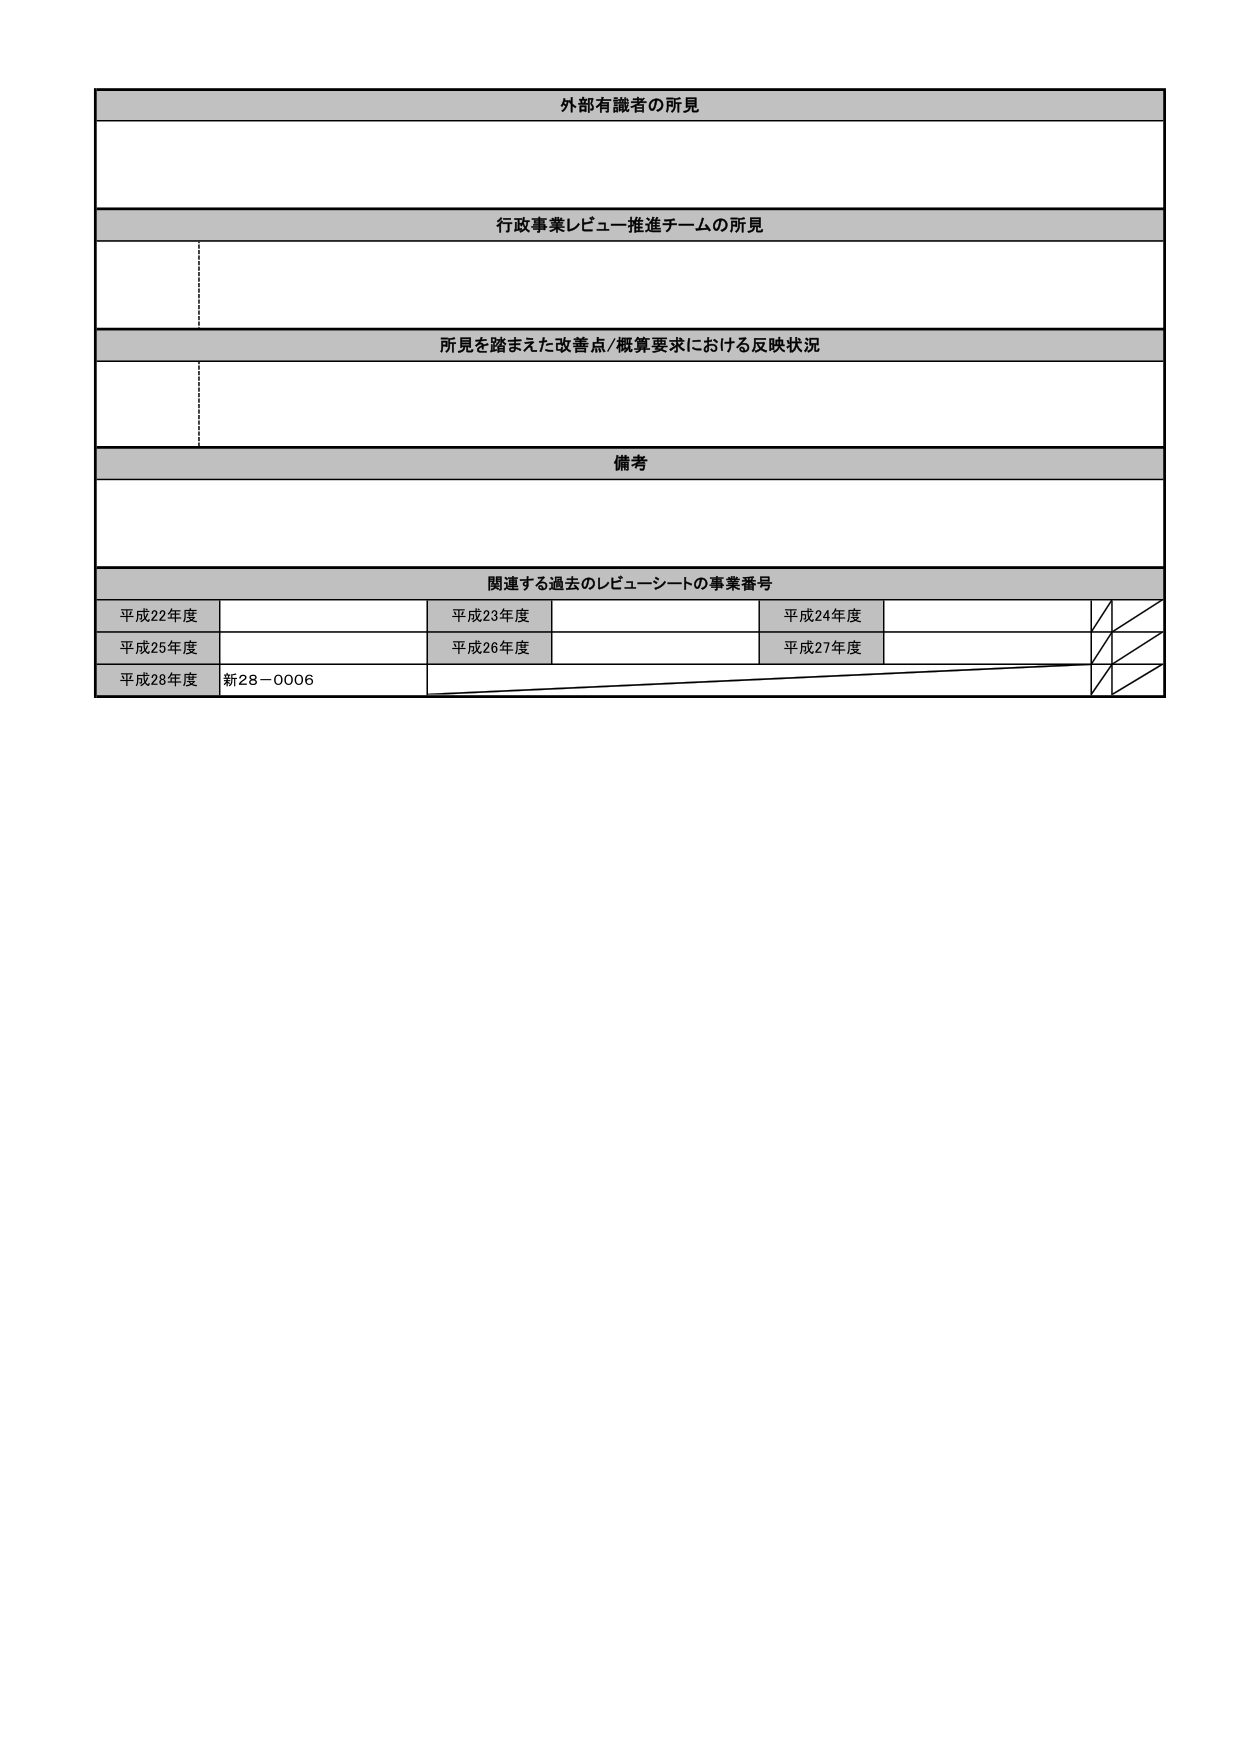
外部有識者の所見

行政事業レビュー推進チームの所見

所見を踏まえた改善点/概算要求における反映状況

備考

関連する過去のレビューーシートの事業番号
平成22年度
平成23年度
平成24年度
平成25年度
平成26年度
平成27年度
平成28年度
新28－0006